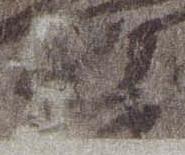
奉